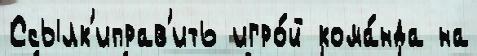
Ссылк'иправ'ить игро́й кома́нда на